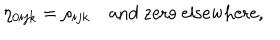
LaTeX: \eta _ { 0 i j k } = \rho _ { i j k } \quad \mathrm { a n d ~ z e r o ~ e l s e w h e r e } ,